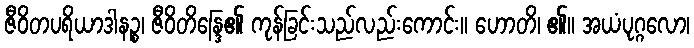
ဇီဝိတပရိယာဒါနဉ္စ၊ ဇီဝိတိန္ဒြေ၏ ကုန်ခြင်းသည်လည်းကောင်း။ ဟောတိ၊ ၏။ အယံပုဂ္ဂလော၊